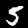
Label: 5